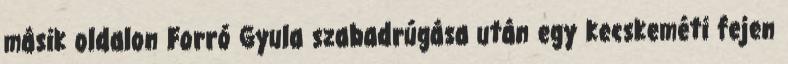
másik oldalon Forró Gyula szabadrúgása után egy kecskeméti fejen